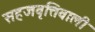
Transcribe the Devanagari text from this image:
सहजवृत्तिवाली